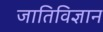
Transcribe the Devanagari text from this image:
जातिविज्ञान